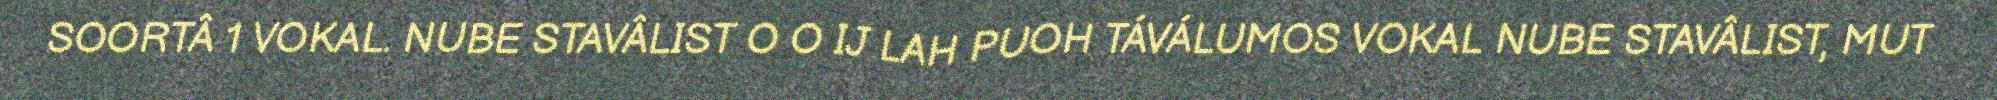
SOORTÂ 1 VOKAL. NUBE STAVÂLIST O O IJ LAH PUOH TÁVÁLUMOS VOKAL NUBE STAVÂLIST, MUT